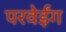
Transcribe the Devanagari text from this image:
परवेईंग